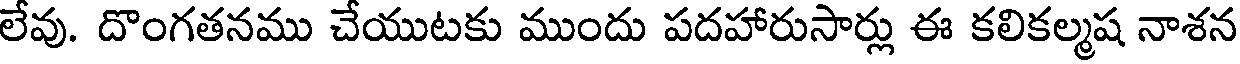
లేవు. దొంగతనము చేయుటకు ముందు పదహారుసార్లు ఈ కలికల్మష నాశన